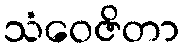
သံဝေဇိတာ